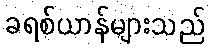
ခရစ်ယာန်များသည်